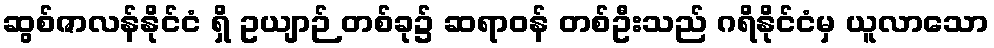
ဆွစ်ဇာလန်နိုင်ငံ ရှိ ဥယျာဉ် တစ်ခု၌ ဆရာဝန် တစ်ဦးသည် ဂရိနိုင်ငံမှ ယူလာသော